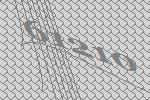
61210